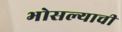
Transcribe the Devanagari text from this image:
भोसल्याची